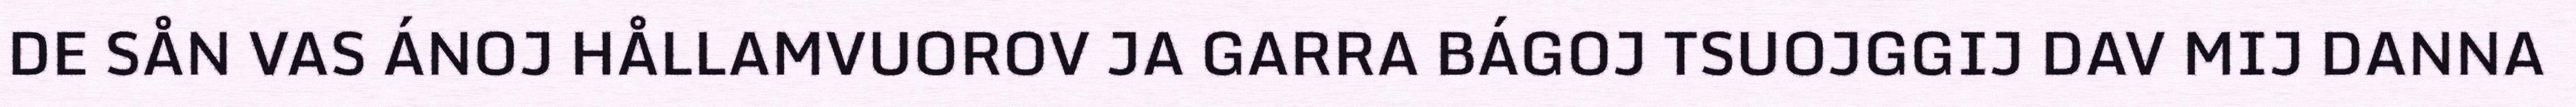
DE SÅN VAS ÁNOJ HÅLLAMVUOROV JA GARRA BÁGOJ TSUOJGGIJ DAV MIJ DANNA